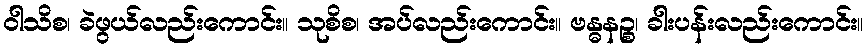
ဝါသိစ၊ ခဲဖွယ်လည်းကောင်း။ သုစိစ၊ အပ်လည်းကောင်း။ ဗန္ဓနဉ္စ၊ ခါးပန်းလည်းကောင်း။